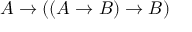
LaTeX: A \to ( ( A \to B ) \to B )